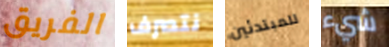
الفريق نتصرف للمبتدئين شيء